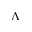
\Lambda